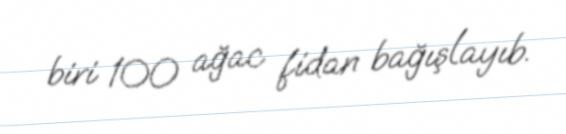
biri 100 ağac fidan bağışlayıb.